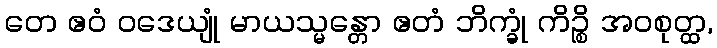
တေ ဧဝံ ဝဒေယျုံ မာယသ္မန္တော ဧတံ ဘိက္ခုံ ကိဉ္စိ အဝစုတ္ထ,